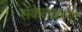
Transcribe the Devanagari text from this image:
संकेततरंगों